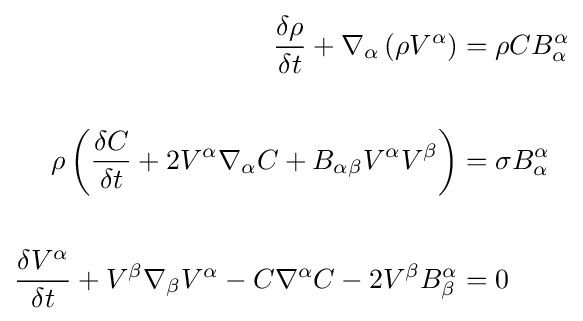
{\begin{aligned}{\frac {\delta \rho }{\delta t}}+\nabla _{\alpha }\left(\rho V^{\alpha }\right)&=\rho CB_{\alpha }^{\alpha }\\\\\rho \left({\frac {\delta C}{\delta t}}+2V^{\alpha }\nabla _{\alpha }C+B_{\alpha \beta }V^{\alpha }V^{\beta }\right)&=\sigma B_{\alpha }^{\alpha }\\\\{\frac {\delta V^{\alpha }}{\delta t}}+V^{\beta }\nabla _{\beta }V^{\alpha }-C\nabla ^{\alpha }C-2V^{\beta }B_{\beta }^{\alpha }&=0\end{aligned}}